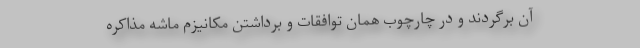
آن برگردند و در چارچوب همان توافقات و برداشتن مکانیزم ماشه مذاکره